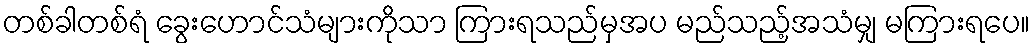
တစ်ခါတစ်ရံ ခွေးဟောင်သံများကိုသာ ကြားရသည်မှအပ မည်သည့်အသံမျှ မကြားရပေ။